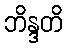
ဘိန္ဒတိ